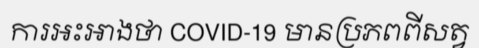
ការអះអាងថា COVID-19 មានប្រភពពីសត្វ